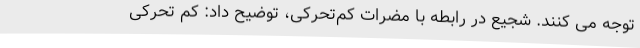
توجه می کنند. شجیع در رابطه با مضرات کم‌تحرکی، توضیح داد: کم تحرکی